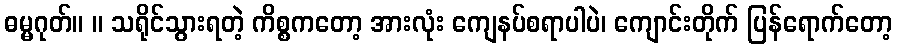
ဓမ္မဂုတ်။ ။ သရိုင်သွားရတဲ့ ကိစ္စကတော့ အားလုံး ကျေနပ်စရာပါပဲ၊ ကျောင်းတိုက် ပြန်ရောက်တော့